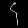
Digit: ၄